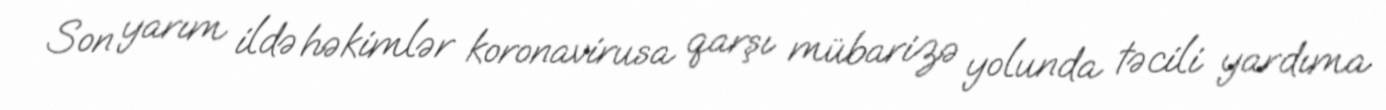
Son yarım ildə həkimlər koronavirusa qarşı mübarizə yolunda təcili yardıma